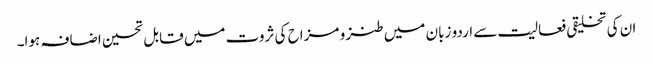
ان کی تخلیقی فعالیت سے اردو زبان میں طنز و مزاح کی ثروت میں قابل تحسین اضافہ ہوا۔